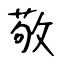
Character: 敬